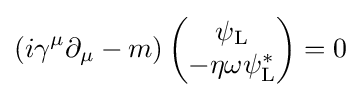
\left(i\gamma ^{\mu }\partial _{\mu }-m\right){\begin{pmatrix}\psi _{\rm {L}}\\-\eta \omega \psi _{\rm {L}}^{*}\end{pmatrix}}=0